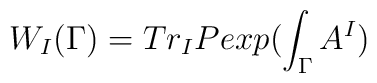
W_{I}(\Gamma) = Tr_{I} P exp (\int_{\Gamma} A^{I})